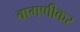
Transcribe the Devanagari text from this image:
बागणीकर